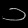
Digit: ၁